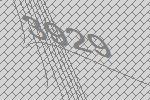
3929